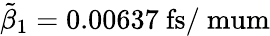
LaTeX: \tilde{\beta}_{1}=0.00637~\mathrm{fs/\ mum}